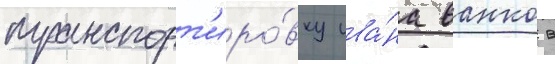
транспорт'иро́вку ива́на ванко в